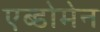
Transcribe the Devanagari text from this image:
एब्डोमेन